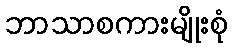
ဘာသာစကားမျိုးစုံ